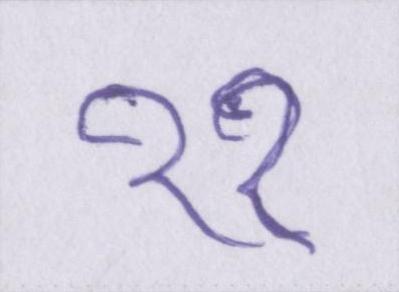
११